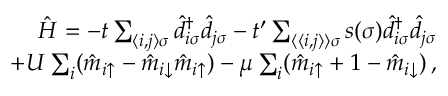
\begin{array} { r } { \hat { H } = - t \sum _ { \langle i , j \rangle \sigma } \hat { d } _ { i \sigma } ^ { \dagger } \hat { d } _ { j \sigma } - t ^ { \prime } \sum _ { \langle \langle i , j \rangle \rangle \sigma } s ( \sigma ) \hat { d } _ { i \sigma } ^ { \dagger } \hat { d } _ { j \sigma } } \\ { + U \sum _ { i } ( \hat { m } _ { i \uparrow } - \hat { m } _ { i \downarrow } \hat { m } _ { i \uparrow } ) - \mu \sum _ { i } ( \hat { m } _ { i \uparrow } + 1 - \hat { m } _ { i \downarrow } ) \, , } \end{array}